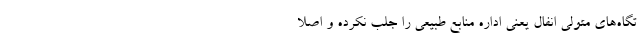
تگاه‌های متولی انفال یعنی اداره منابع طبیعی را جلب نکرده‌ و اصلا